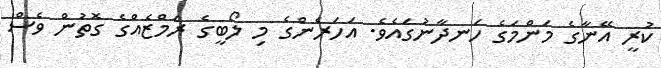
ކުރީ އޭނާގެ މަންމަގެ ހަނދާނުގައެވެ. އަހަރެންގެ މި ލޯބީގެ ރަމްޒެއްގެ ގޮތުން ވެސް